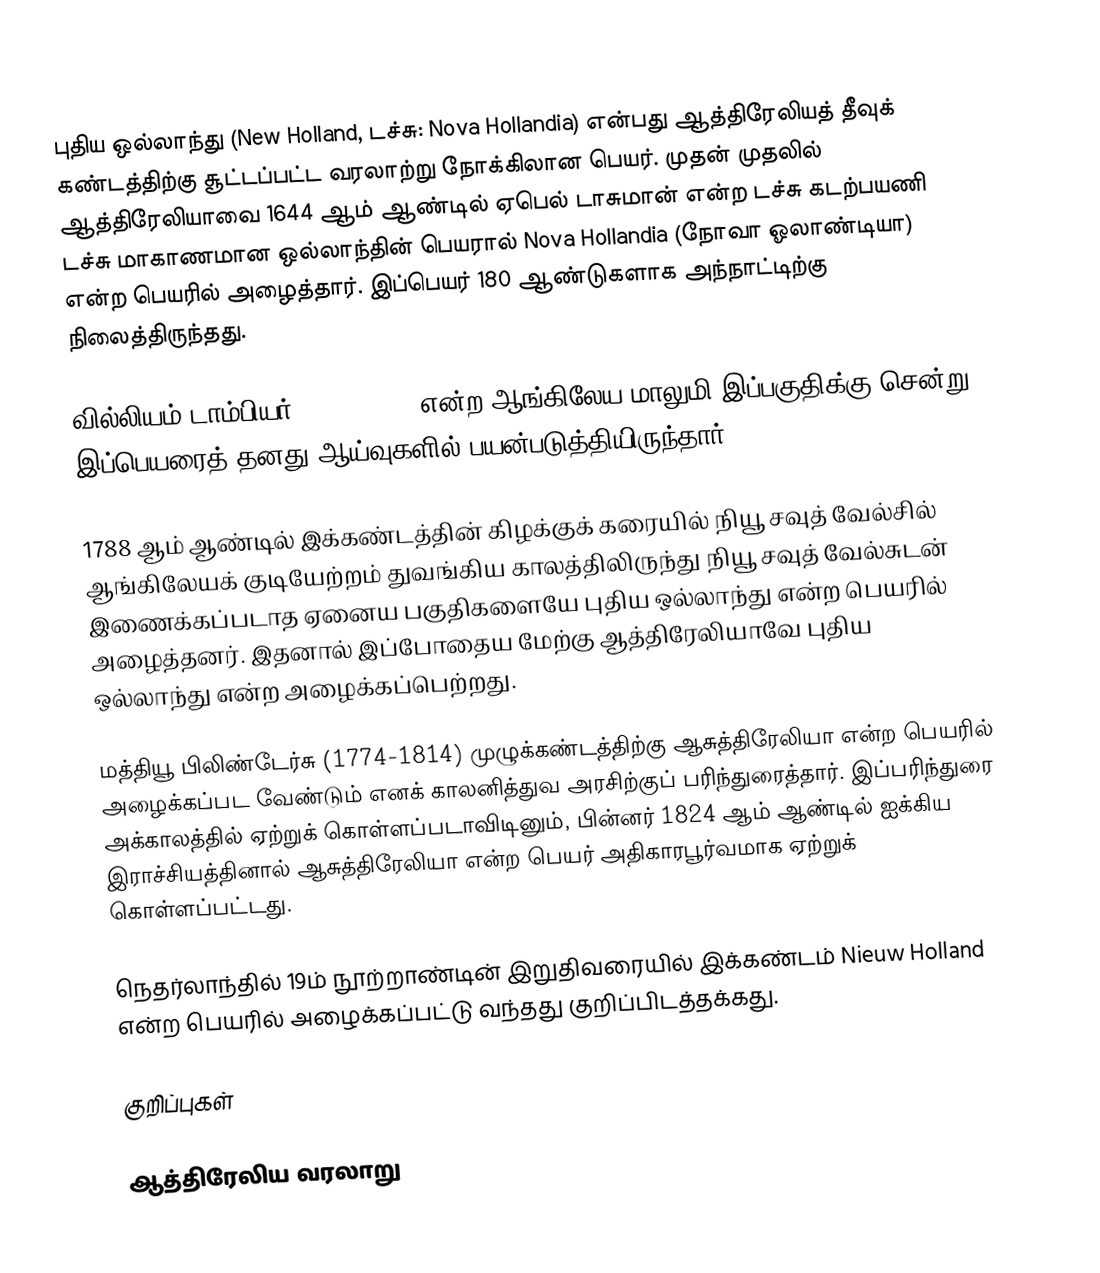
புதிய ஒல்லாந்து (New Holland, டச்சு: Nova Hollandia) என்பது ஆத்திரேலியத் தீவுக் கண்டத்திற்கு சூட்டப்பட்ட வரலாற்று நோக்கிலான பெயர். முதன் முதலில் ஆத்திரேலியாவை 1644 ஆம் ஆண்டில் ஏபெல் டாசுமான் என்ற டச்சு கடற்பயணி டச்சு மாகாணமான ஒல்லாந்தின் பெயரால் Nova Hollandia (நோவா ஓலாண்டியா) என்ற பெயரில் அழைத்தார். இப்பெயர் 180 ஆண்டுகளாக அந்நாட்டிற்கு நிலைத்திருந்தது.

வில்லியம் டாம்பியர் (1651-1715) என்ற ஆங்கிலேய மாலுமி இப்பகுதிக்கு சென்று இப்பெயரைத் தனது ஆய்வுகளில் பயன்படுத்தியிருந்தார்.

1788 ஆம் ஆண்டில் இக்கண்டத்தின் கிழக்குக் கரையில் நியூ சவுத் வேல்சில் ஆங்கிலேயக் குடியேற்றம் துவங்கிய காலத்திலிருந்து நியூ சவுத் வேல்சுடன் இணைக்கப்படாத ஏனைய பகுதிகளையே  புதிய ஒல்லாந்து என்ற பெயரில் அழைத்தனர். இதனால் இப்போதைய மேற்கு ஆத்திரேலியாவே புதிய ஒல்லாந்து என்ற அழைக்கப்பெற்றது.

மத்தியூ பிலிண்டேர்சு (1774-1814) முழுக்கண்டத்திற்கு ஆசுத்திரேலியா என்ற பெயரில் அழைக்கப்பட வேண்டும் எனக் காலனித்துவ அரசிற்குப் பரிந்துரைத்தார். இப்பரிந்துரை அக்காலத்தில் ஏற்றுக் கொள்ளப்படாவிடினும், பின்னர் 1824 ஆம் ஆண்டில் ஐக்கிய இராச்சியத்தினால் ஆசுத்திரேலியா என்ற பெயர் அதிகாரபூர்வமாக ஏற்றுக் கொள்ளப்பட்டது.

நெதர்லாந்தில் 19ம் நூற்றாண்டின் இறுதிவரையில் இக்கண்டம் Nieuw Holland என்ற பெயரில் அழைக்கப்பட்டு வந்தது குறிப்பிடத்தக்கது.

குறிப்புகள்

ஆத்திரேலிய வரலாறு